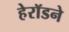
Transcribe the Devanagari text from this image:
हेरॉडने